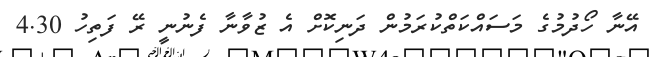
އޭނާ ހޯދުމުގެ މަސައްކަތްކުރަމުން ދަނިކޮށް އެ ޒުވާނާ ފެނުނީ ރޭ ފަތިހު 4.30